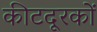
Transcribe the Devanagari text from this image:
कीटदूरकों